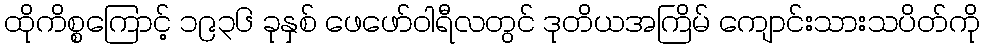
ထိုကိစ္စကြောင့် ၁၉၃၆ ခုနှစ် ဖေဖော်ဝါရီလတွင် ဒုတိယအကြိမ် ကျောင်းသားသပိတ်ကို